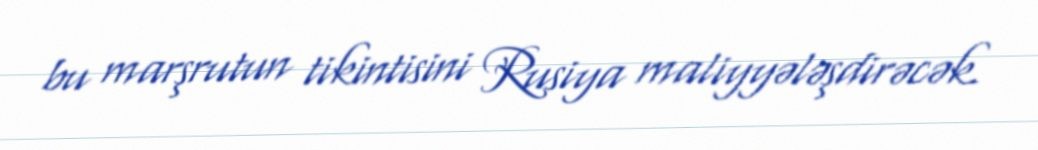
bu marşrutun tikintisini Rusiya maliyyələşdirəcək.